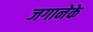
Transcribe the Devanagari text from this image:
जगानेके